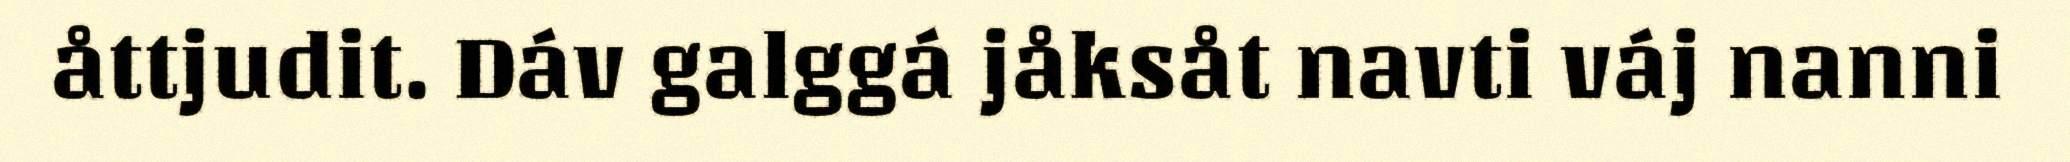
åttjudit. Dáv galggá jåksåt navti váj nanni